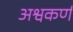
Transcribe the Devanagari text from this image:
अश्वकर्ण